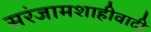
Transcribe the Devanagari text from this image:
सरंजामशाहीवादी